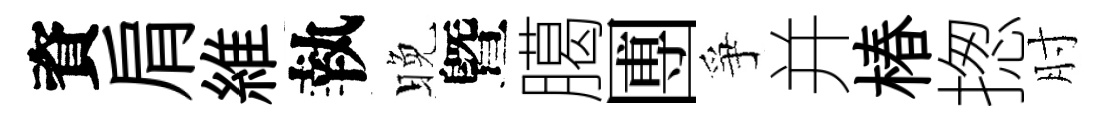
資肩維執晚曁臈圑爭并椿揔肘